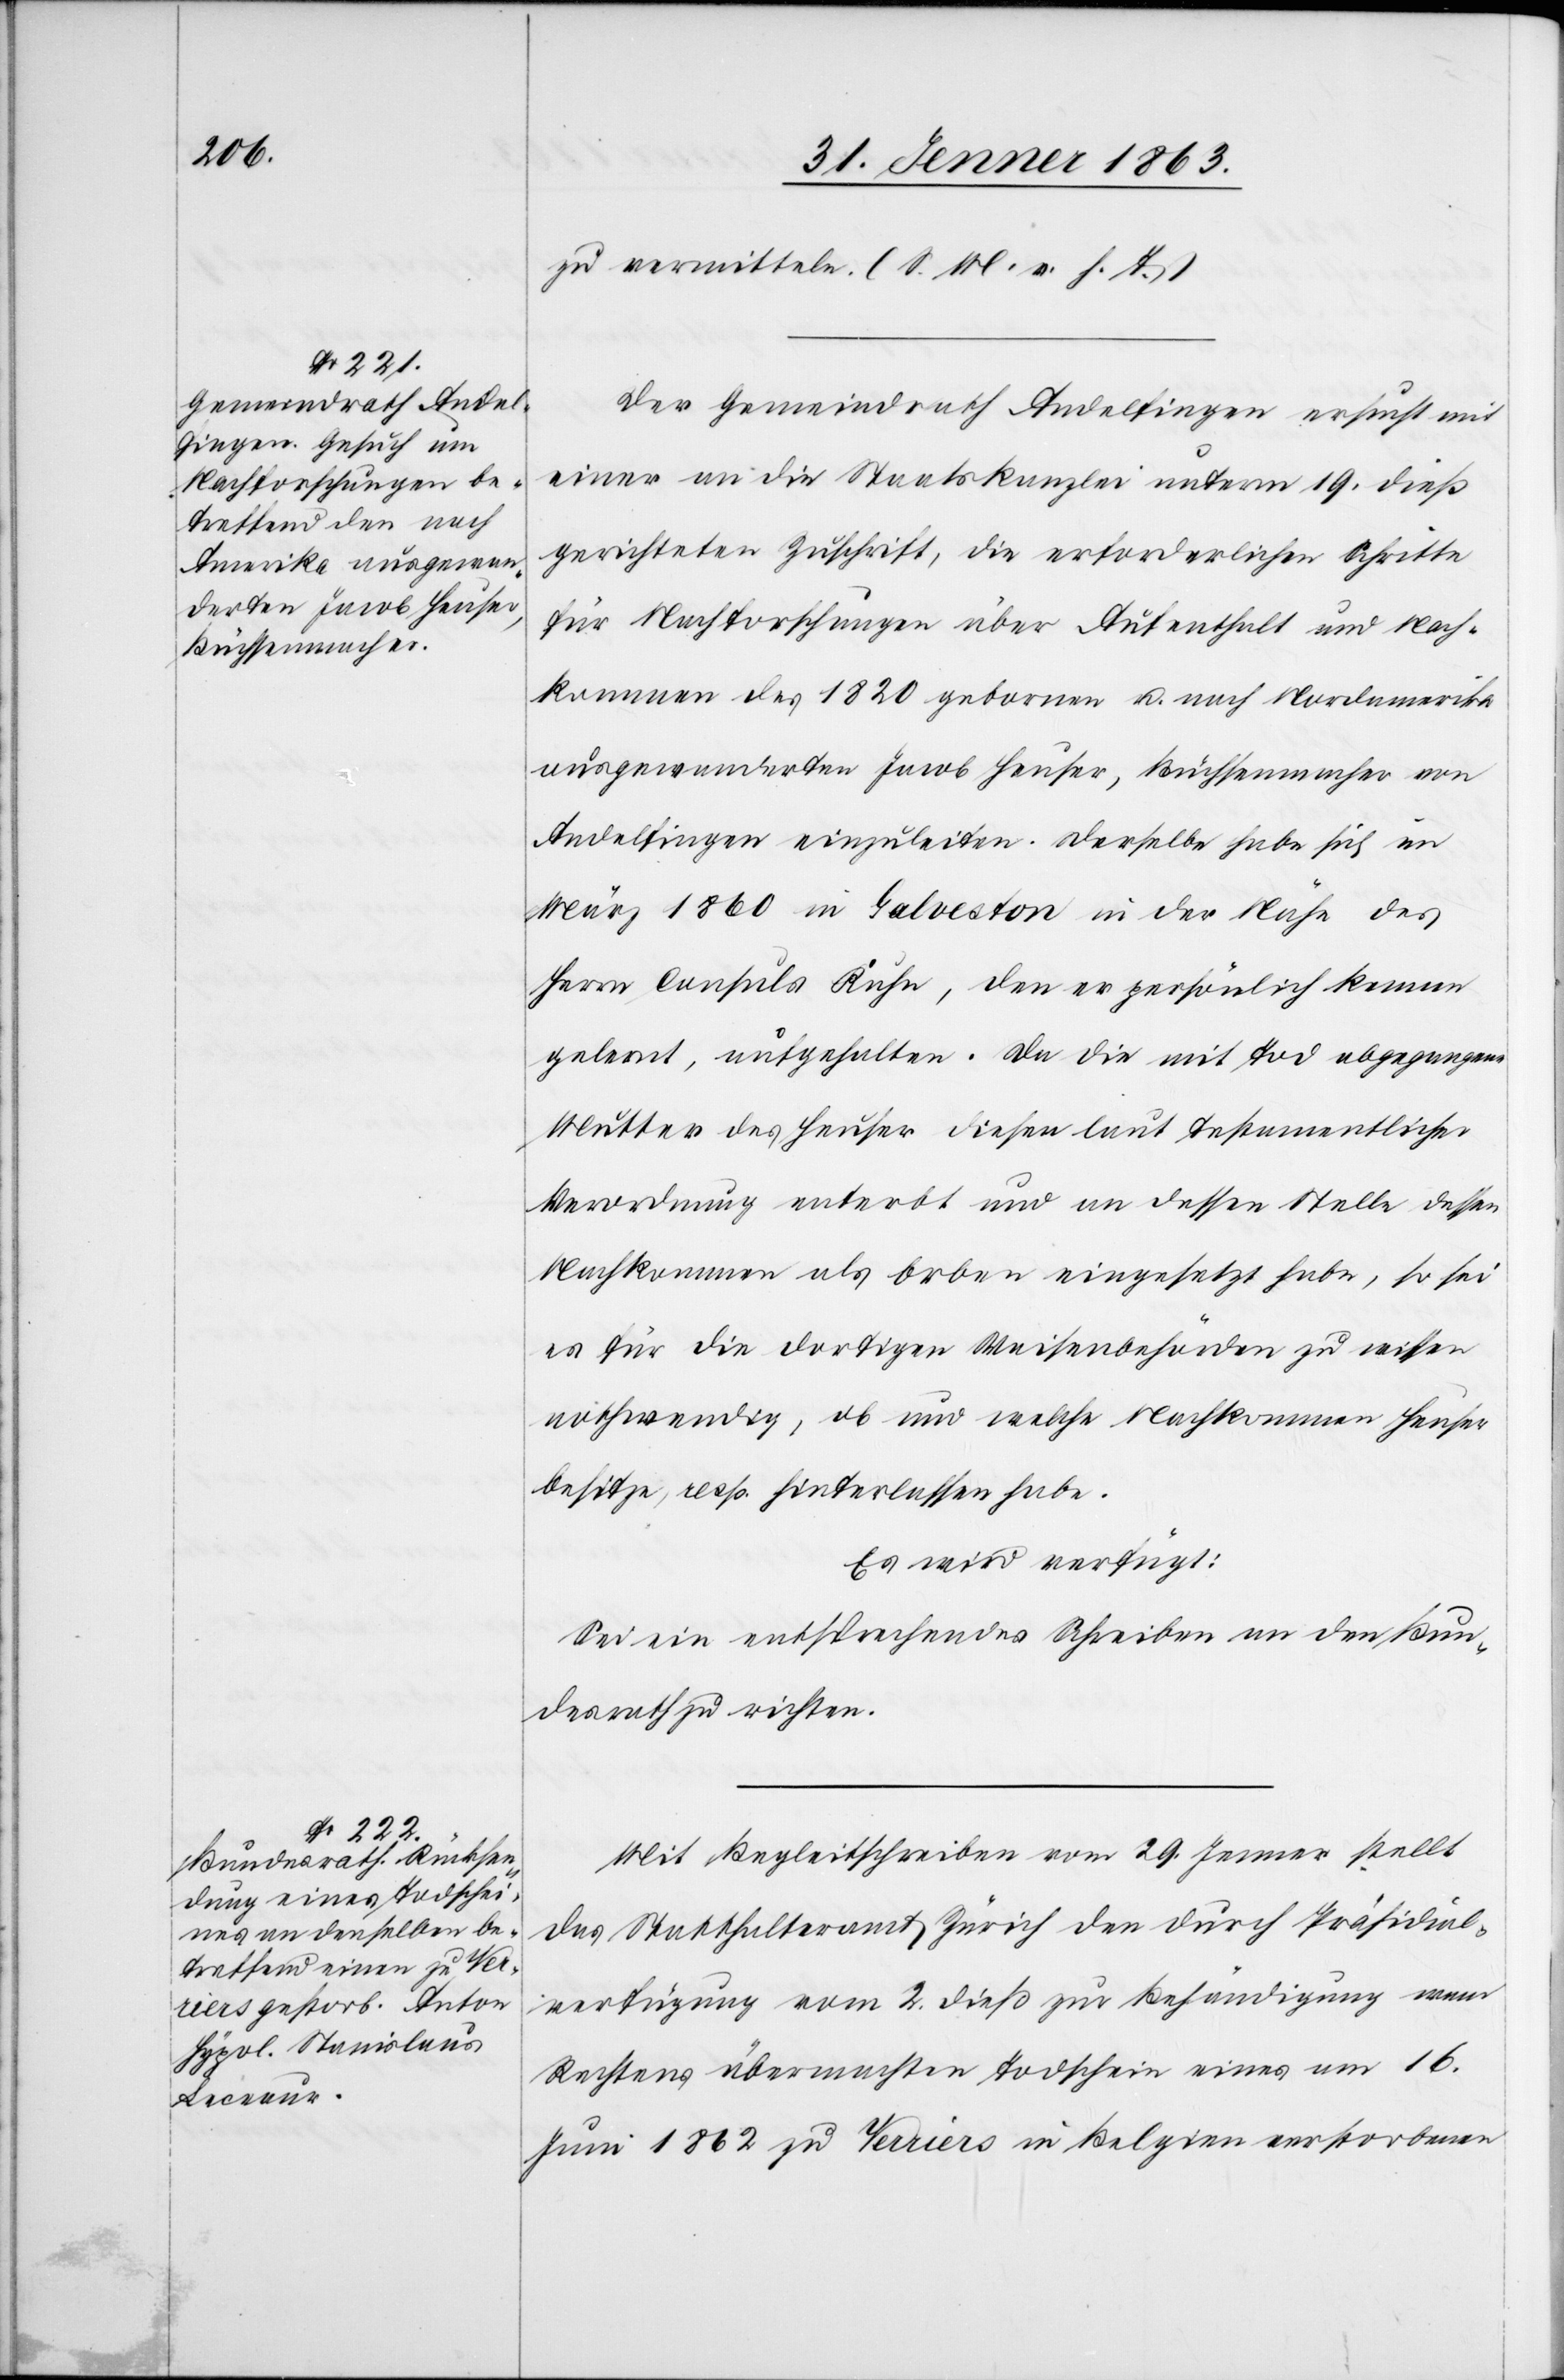
1862

zu vermitteln. (S. M. v. h. T.)
Der Gemeindrath Andelfingen ersucht mit
einer an die Staatskanzlei unterm 19. dieß
gerichteten Zuschrift, die erforderlichen Schritte
für Nachforschungen über Aufenthalt und Nach¬
kommen des 1820 gebornen u. nach Nordamerika
ausgewanderten Jacob Heuser, Büchsenmacher von
Andelfingen einzuleiten. Derselbe habe sich im
März 1860 in Galveston in der Nähe des
Herrn Consuls Kuhn, den er persönlich kennen
gelernt, aufgehalten. Da die mit Tod abgegangene
Mutter des Heuser diesen laut testamentlicher
Verordnung enterbt und an dessen Stelle dessen
Nachkommen als Erben eingesetzt habe, so sei
es für die dortigen Waisenbehörden zu wissen
nothwendig, ob und welche Nachkommen Heuser
besitze, resp. hinterlassen habe.
Es wird verfügt:
Sei ein entsprechendes Schreiben an den Bun¬
desrath zu richten.
Mit Begleitschreiben vom 29. Jenner stellt
das Statthalteramt Zürich den durch Präsidial¬
verfügung vom 2. dieß zur Behändigung wem
Rechtens übermachten Todschein eines am 16.